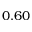
0 . 6 0